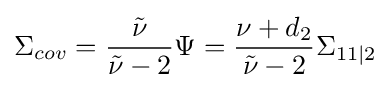
\Sigma _{cov}={\frac {\tilde {\nu }}{{\tilde {\nu }}-2}}\Psi ={\frac {\nu +d_{2}}{{\tilde {\nu }}-2}}\Sigma _{11|2}